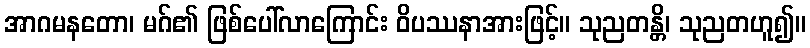
အာဂမနတော၊ မဂ်၏ ဖြစ်ပေါ်လာကြောင်း ဝိပဿနာအားဖြင့်။ သုညတန္တိ၊ သုညတဟူ၍။